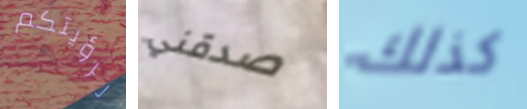
لرؤيتكم صدقني كذلك